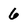
Character: 6